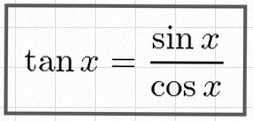
\tan x=\frac{\sin x}{\cos x}